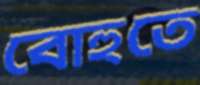
বোহুতে